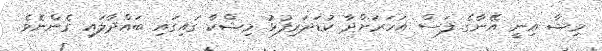
މިޝާ އިނީ އޭނާގެ ފަސް އަހަރަށްދާ ކުޑަދަރިފުޅު މިޝްކާ ގައިގައި ބައްދާލައި ގެންނެވެ.